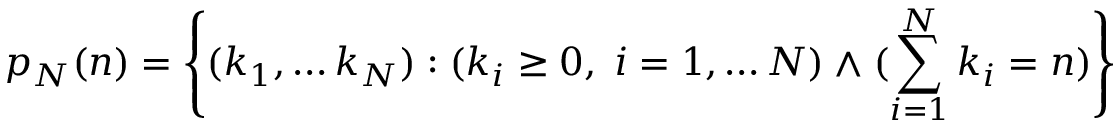
p _ { N } ( n ) = \left\{ ( k _ { 1 } , \ldots k _ { N } ) : ( k _ { i } \geq 0 , \; i = 1 , \ldots N ) \land ( \sum _ { i = 1 } ^ { N } k _ { i } = n ) \right\}